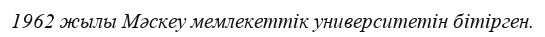
1962 жылы Мәскеу мемлекеттік университетін бітірген.